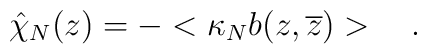
\hat\chi_N(z)=-<\kappa_Nb(z,\overline z)>\quad.